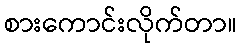
စားကောင်းလိုက်တာ။